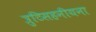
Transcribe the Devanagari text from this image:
त्रुटिसहनीयना